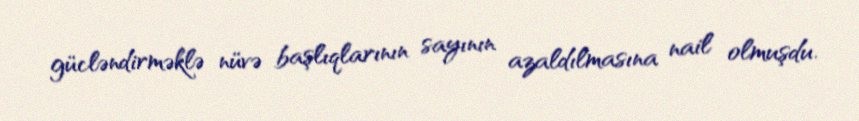
gücləndirməklə nüvə başlıqlarının sayının azaldılmasına nail olmuşdu.